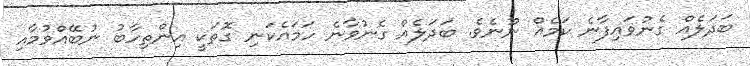
ބަދަލެއް ގެނުވައިފާނެ ކަމެއް ނޫނެވެ. ބަދަލެއް ގެނުވާނެ ހަމައެކަނި ގޮތަކީ އިންތިހާބު ނުބޭއްވުމާއި